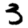
Digit: 3